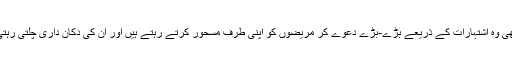
پھر بھی وہ اشتہارات کے ذریعے بَڑے-بَڑے دعوے کر مریضوں کو اپنی طرف مسحور کرتے رہتے ہیں اَور اُن کی دُکان داری چلتی رہتی ہے۔